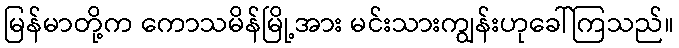
မြန်မာတို့က ကောသမိန်မြို့အား မင်းသားကျွန်းဟုခေါ်ကြသည်။